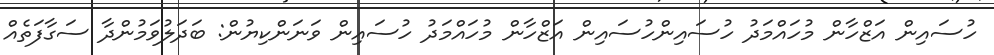
ހުސައިން އަޒްހާން މުހައްމަދު ހުސައިންހުސައިން އަޒްހާން މުހައްމަދު ހުސައިން ވަނަންކިޔުން: ބަދަލުވަމުންދާ ސަގާފަތެއް